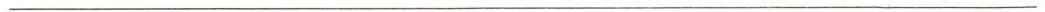
___